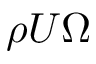
\rho U \Omega